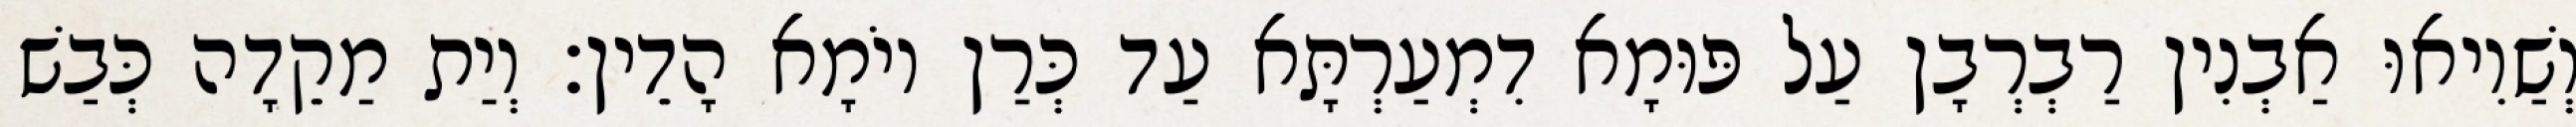
וְשַׁוִיאוּ אַבְנִין רַבְרְבָן עַל פּוּמָא דִמְעַרְתָּא עַד כְּרַן יוֹמָא הָדֵין׃ וְיַת מַקֵדָה כְּבַשׁ